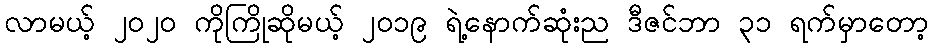
လာမယ့် ၂၀၂၀ ကိုကြိုဆိုမယ့် ၂၀၁၉ ရဲ့နောက်ဆုံးည ဒီဇင်ဘာ ၃၁ ရက်မှာတော့